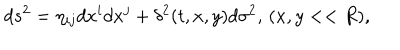
LaTeX: d s ^ { 2 } = \eta _ { i j } d x ^ { i } d x ^ { j } + \delta ^ { 2 } ( t , x , y ) d \sigma ^ { 2 } , \, ( x , y < < R ) ,